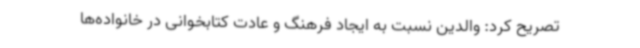
تصریح کرد: والدین نسبت به ایجاد فرهنگ و عادت کتابخوانی در خانواده‌ها